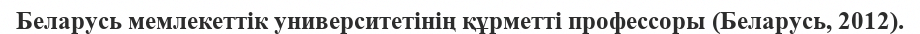
Беларусь мемлекеттік университетінің құрметті профессоры (Беларусь, 2012).